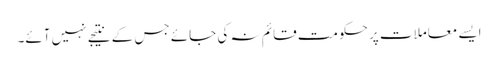
ایسے معاملات پر حکومت قائم نہ کی جائے جس کے نتیجے نہیں آئے۔